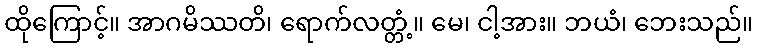
ထိုကြောင့်။ အာဂမိဿတိ၊ ရောက်လတ္တံ့။ မေ၊ ငါ့အား။ ဘယံ၊ ဘေးသည်။